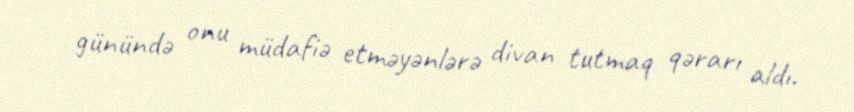
günündə onu müdafiə etməyənlərə divan tutmaq qərarı aldı.